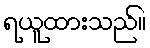
ရယူထားသည်။